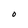
Character: O